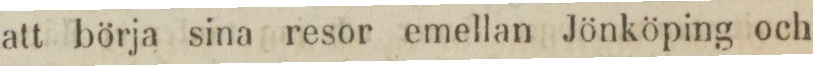
att börja sina resor emellan Jönköping och